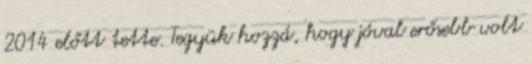
2014 előtt tette. Tegyük hozzá, hogy jóval erősebb volt